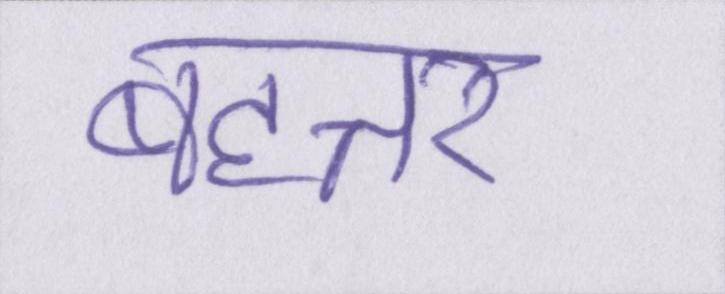
बहत्तर